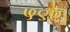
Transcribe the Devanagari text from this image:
५९ए